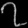
Digit: ၇